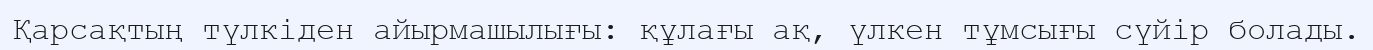
Қарсақтың түлкіден айырмашылығы: құлағы ақ, үлкен тұмсығы сүйір болады.